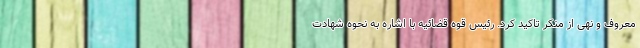
معروف و نهی از منکر تاکید کرد. رئیس قوه قضائیه با اشاره به نحوه شهادت